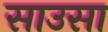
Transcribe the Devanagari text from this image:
साउसा